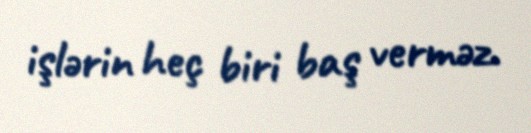
işlərin heç biri baş verməz.